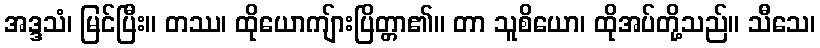
အဒ္ဒသံ၊ မြင်ပြီး။ တဿ၊ ထိုယောကျ်ားပြိတ္တာ၏။ တာ သူစိယော၊ ထိုအပ်တို့သည်။ သီသေ၊